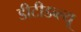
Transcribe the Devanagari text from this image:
डीटीडब्ल्यू